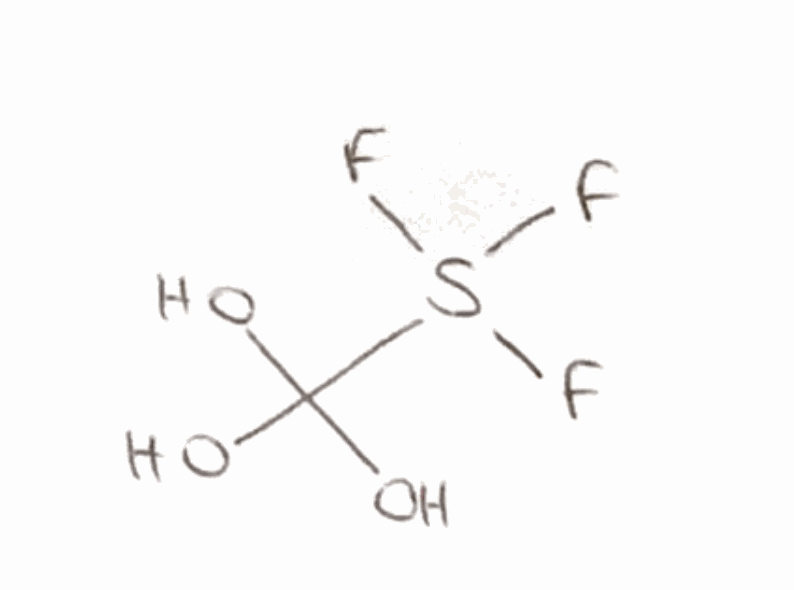
Simplified molecular-input line-entry system (SMILES) notation of the given molecule:
C(O)(O)(O)S(F)(F)F